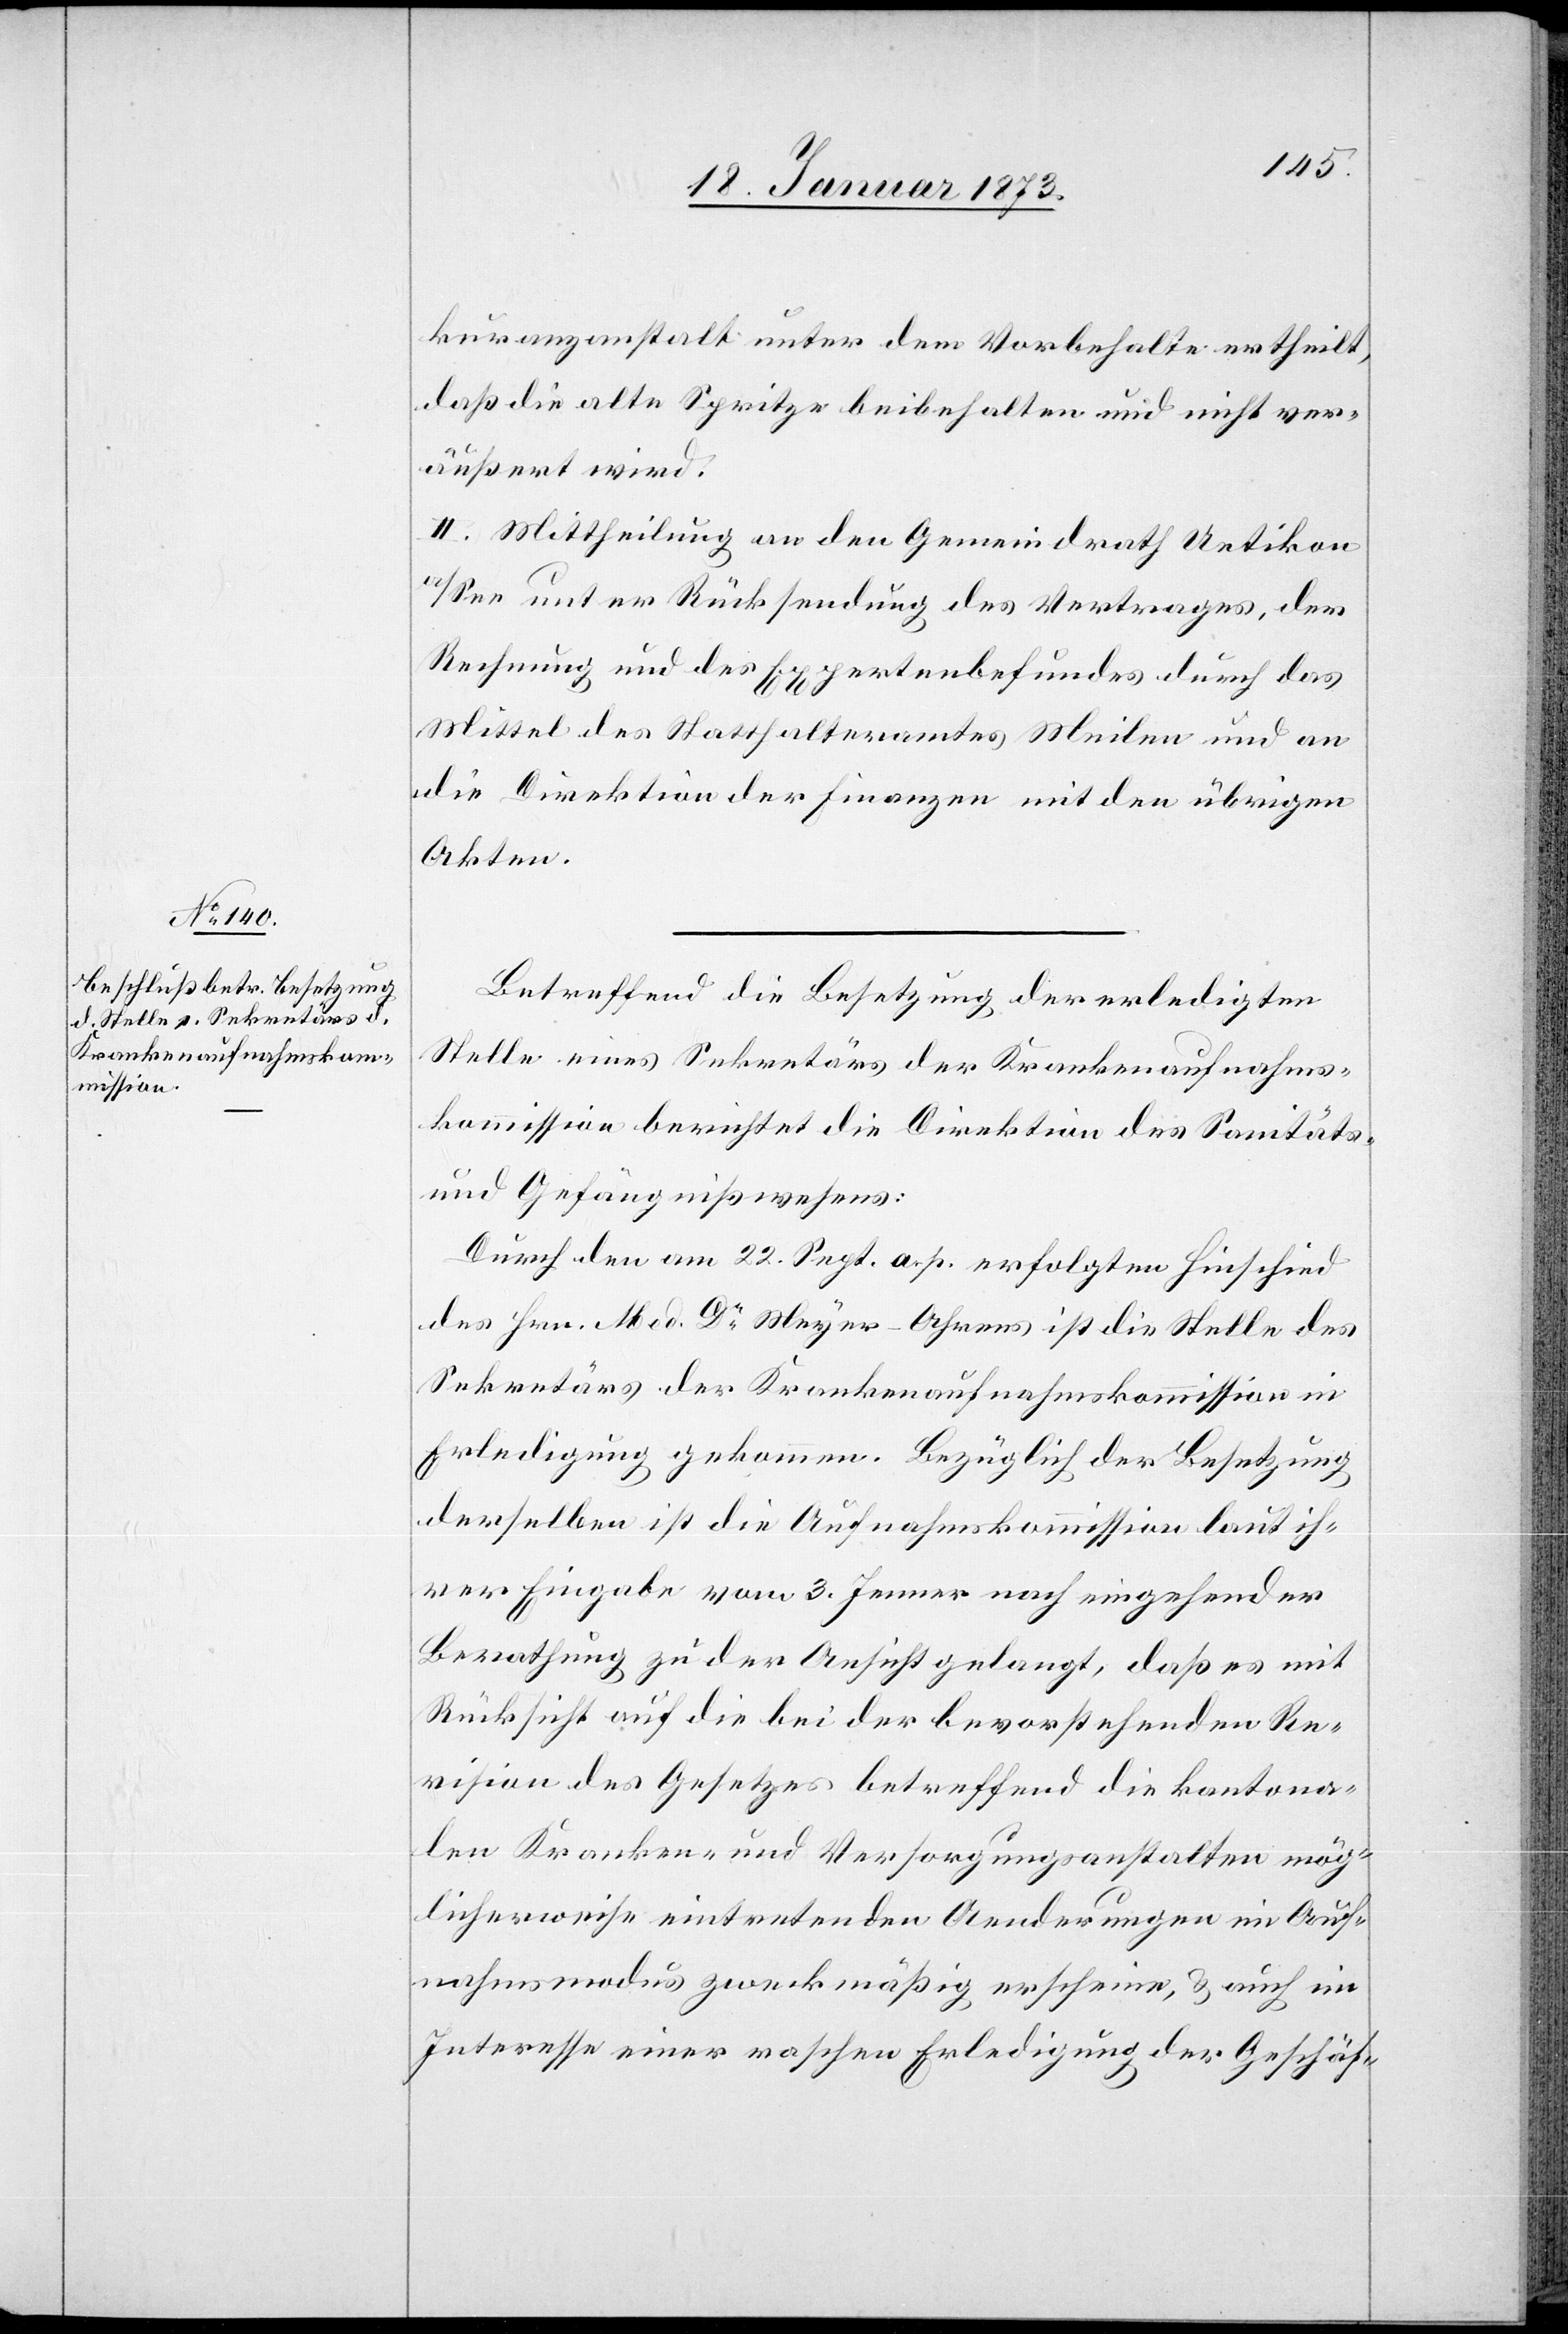
kuranzanstalt unter dem Vorbehalte ertheilt,
daß die alte Spritze beibehalten und nicht ver¬
äußert wird.
II. Mittheilung an den Gemeindrath Uetikon
a/See unter Rücksendung des Vertrages, der
Rechnung und des Expertenbefundes durch das
Mittel des Statthalteramtes Meilen und an
die Direktion der Finanzen mit den übrigen
Akten.
Betreffend die Besetzung der erledigten
Stelle eines Sekretärs der Krankenaufnahms¬
kommission berichtet die Direktion des Sanitäts-u¬
nd Gefängnißwesens:
Durch den am 22. Sept. a. p. erfolgten Hinschied
des Hrn. Med. Dr Meyer-Ahrens ist die Stelle des
Sekretärs der Krankenaufnahmskommission in
Erledigung gekommen. Bezüglich der Besetzung
derselben ist die Aufnahmskomission laut ih¬
rer Eingabe vom 3. Jenner nach eingehender
Berathung zu der Ansicht gelangt, daß es mit
Rücksicht auf die bei der bevorstehenden Re¬
vision des Gesetzes betreffend die kantona¬
len Kranken- und Versorgungsanstalten mög¬
licherweise eintretenden Aenderungen im Auf¬
nahmsmodus zweckmäßig erscheine, u. auch im
Interesse einer raschen Erledigung der Geschäf-